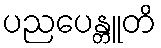
ပညပေန္တူတိ